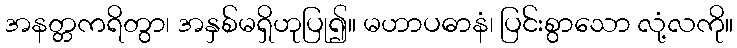
အနတ္တကရိတွာ၊ အနှစ်မရှိဟုပြု၍။ မဟာပဓာနံ၊ ပြင်းစွာသော လုံ့လကို။